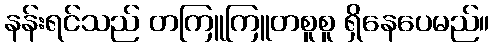
နန်းရင်သည် တကြူကြူတစူစူ ရှိနေပေမည်။